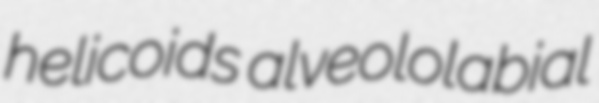
helicoids alveololabial